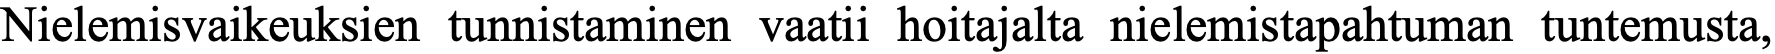
Nielemisvaikeuksien tunnistaminen vaatii hoitajalta nielemistapahtuman tuntemusta,